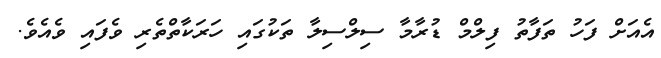
އެއަށް ފަހު ތަފާތު ފިލްމް ޑުރާމާ ސިލްސިލާ ތަކުގައި ހަރަކާތްތެރި ވެފައި ވެއެވެ.